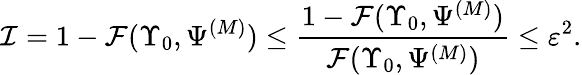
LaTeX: \mathcal I=1-\mathcal{F}(\Upsilon_{0},\Psi^{(M)})\leq\frac{1-\mathcal{F}(\Upsilon_{0},\Psi^{(M)})}{\mathcal{F}(\Upsilon_{0},\Psi^{(M)})}\leq\varepsilon^{2}.